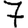
Digit: 7